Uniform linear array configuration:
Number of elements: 64
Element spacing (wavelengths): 0.75
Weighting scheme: cosine
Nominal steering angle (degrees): -15
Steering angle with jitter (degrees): -15.998
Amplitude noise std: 0.05
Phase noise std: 0.05

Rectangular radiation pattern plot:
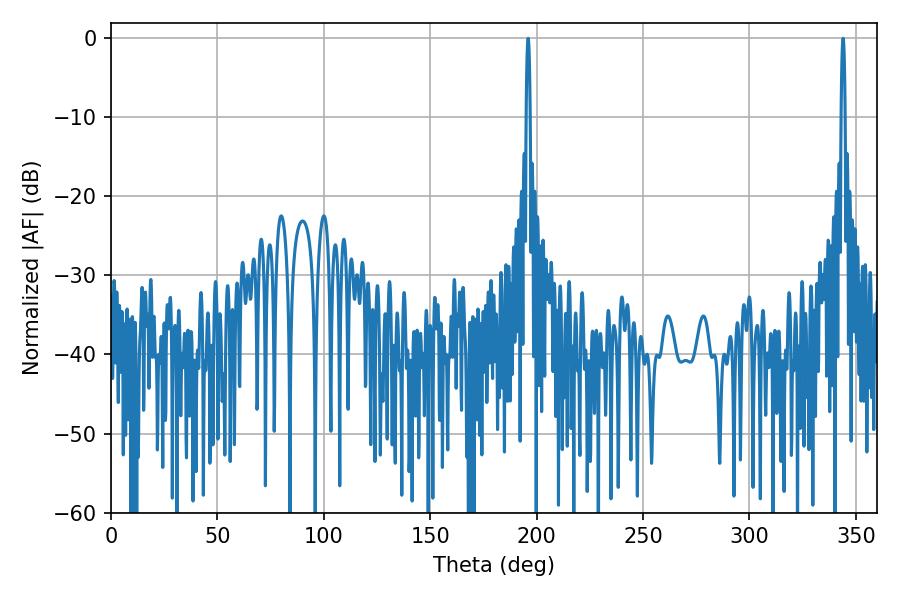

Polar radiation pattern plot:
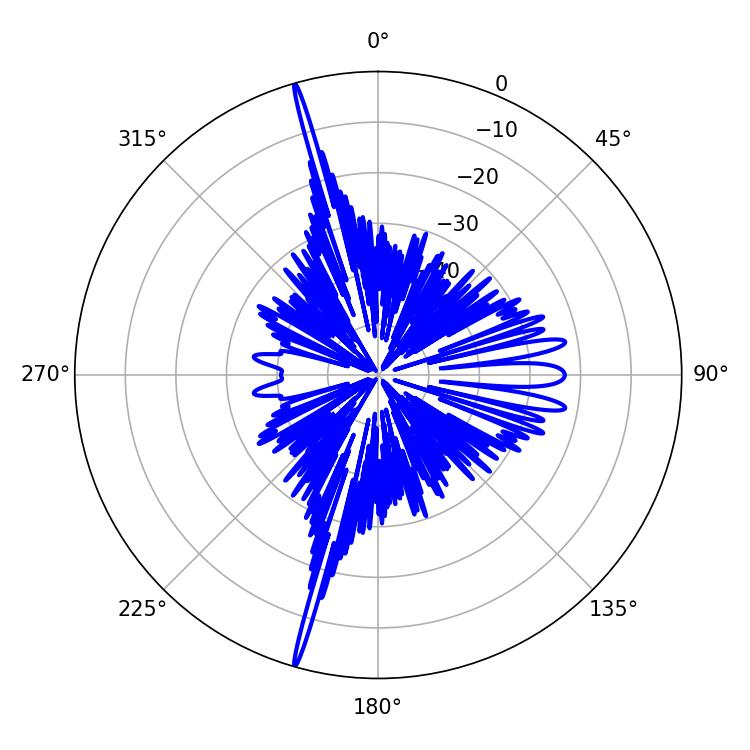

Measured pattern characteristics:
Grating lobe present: TRUE
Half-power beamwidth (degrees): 1.08
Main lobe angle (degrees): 343.98